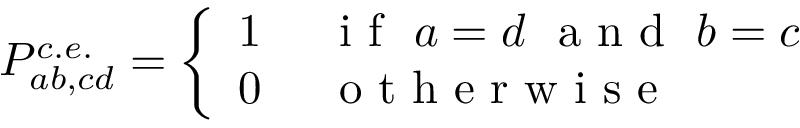
P _ { a b , c d } ^ { c . e . } = \left\{ \begin{array} { r l } { 1 } & { \mathrm { ~ \ i ~ f ~ \ } a = d \mathrm { ~ \ a ~ n ~ d ~ \ } b = c } \\ { 0 } & { \mathrm { ~ \ o ~ t ~ h ~ e ~ r ~ w ~ i ~ s ~ e ~ } } \end{array} \right.